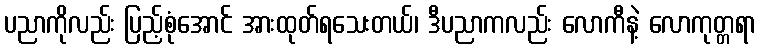
ပညာကိုလည်း ပြည့်စုံအောင် အားထုတ်ရသေးတယ်၊ ဒီပညာကလည်း လောကီနဲ့ လောကုတ္တရာ